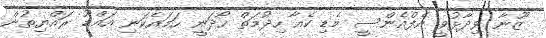
ޒޫނާ ވިދާޅުވީ އެފްއެންސީ މެޑި ކެއާ ހިދުމަތް ހޯދަނީ ހަމައެކަނި އައްޑޫ ރައްޔިތުން